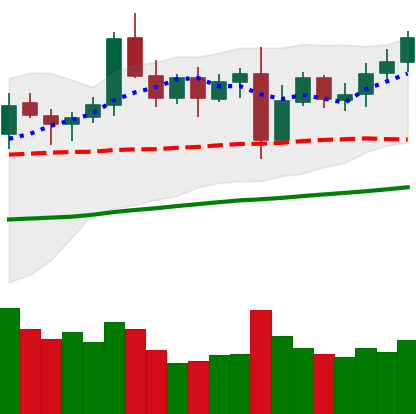
Ticker: LTC-USD
Chart end date: 2021-11-03
Forward return: 10.422%
Label: up_7plus